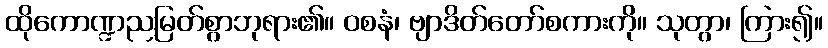
ထိုကောဏ္ဍညမြတ်စွာဘုရား၏။ ဝစနံ၊ ဗျာဒိတ်တော်စကားကို။ သုတွာ၊ ကြား၍။